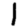
Digit: 1